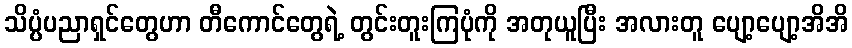
သိပ္ပံပညာရှင်တွေဟာ တီကောင်တွေရဲ့ တွင်းတူးကြပုံကို အတုယူပြီး အလားတူ ပျော့ပျော့အိအိ